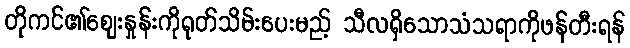
တိုကင်၏စျေးနှုန်းကိုရုတ်သိမ်းပေးမည့် သီလရှိသောသံသရာကိုဖန်တီးရန်